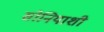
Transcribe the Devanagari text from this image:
सोनियाशी